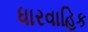
ધારવાહિક